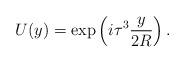
LaTeX: \begin{align*}U(y) = \exp \left( i \tau^{3} \frac{y}{2R} \right).\end{align*}